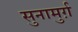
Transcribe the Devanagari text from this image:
सुनामुर्ग़